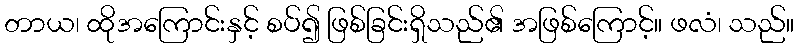
တာယ၊ ထိုအကြောင်းနှင့် စပ်၍ ဖြစ်ခြင်းရှိသည်၏ အဖြစ်ကြောင့်။ ဖလံ၊ သည်။